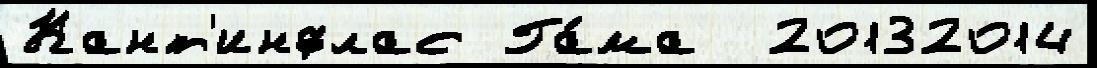
Кант'инфлас Га́ма  20132014